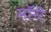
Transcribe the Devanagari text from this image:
मॉरी